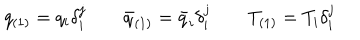
q _ { ( 1 ) } = q _ { i } \delta _ { i } ^ { j } \qquad \bar { q } _ { ( 1 ) } = \bar { q } _ { i } \delta _ { i } ^ { j } \qquad T _ { ( 1 ) } = T _ { i } \delta _ { i } ^ { j }